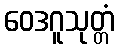
ဝေဒဂူသုတ္တံ